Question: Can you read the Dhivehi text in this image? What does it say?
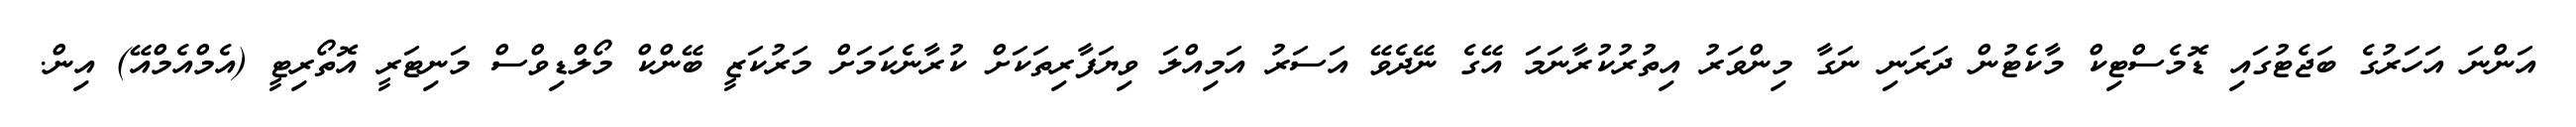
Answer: އަންނަ އަހަރުގެ ބަޖެޓުގައި ޑޮމެސްޓިކް މާކެޓުން ދަރަނި ނަގާ މިންވަރު އިތުރުކުރާނަމަ އޭގެ ނޭދެވޭ އަސަރު އަމިއްލަ ވިޔަފާރިތަކަށް ކުރާނެކަމަށް މަރުކަޒީ ބޭންކް މޯލްޑިވްސް މަނިޓަރީ އޮތޯރިޓީ (އެމްއެމްއޭ) އިން.